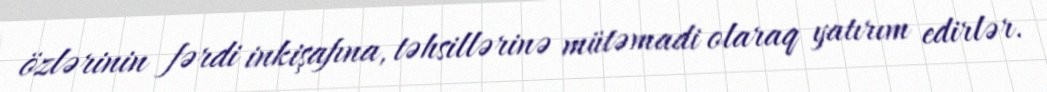
özlərinin fərdi inkişafına, təhsillərinə mütəmadi olaraq yatırım edirlər.